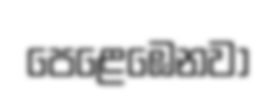
පෙළෙඹෙනවා